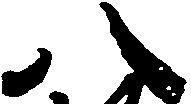
八